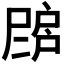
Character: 𢩗